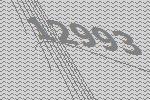
12993